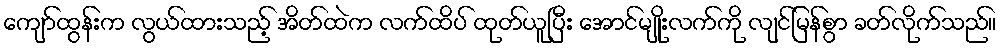
ကျော်ထွန်းက လွယ်ထားသည့် အိတ်ထဲက လက်ထိပ် ထုတ်ယူပြီး အောင်မျိုးလက်ကို လျင်မြန်စွာ ခတ်လိုက်သည်။